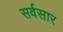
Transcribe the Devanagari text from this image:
सर्वसार